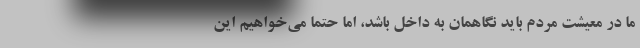
ما در معیشت مردم باید نگاهمان به داخل باشد، اما حتما می‌خواهیم این